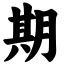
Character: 期